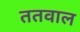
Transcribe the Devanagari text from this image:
ततवाल